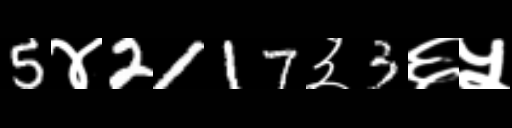
Text: 5४2117३3६५